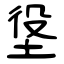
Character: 垼